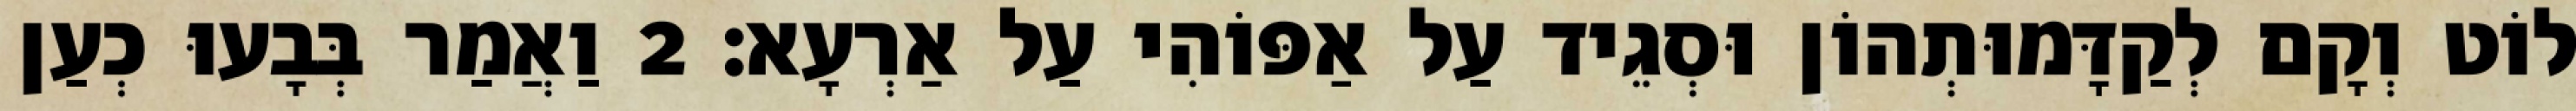
לוֹט וְקָם לְקַדָּמוּתְהוֹן וּסְגֵיד עַל אַפּוֹהִי עַל אַרְעָא׃ 2 וַאֲמַר בְּבָעוּ כְעַן